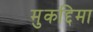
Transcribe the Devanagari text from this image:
मुकद्दिमा